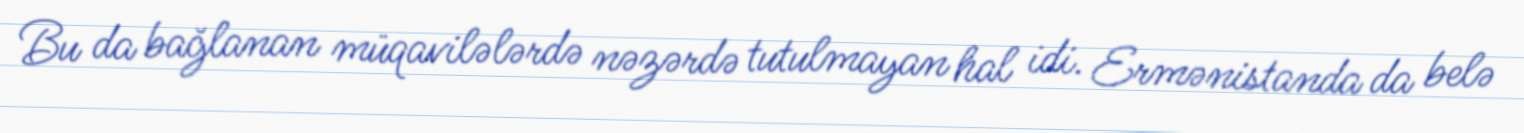
Bu da bağlanan müqavilələrdə nəzərdə tutulmayan hal idi. Ermənistanda da belə